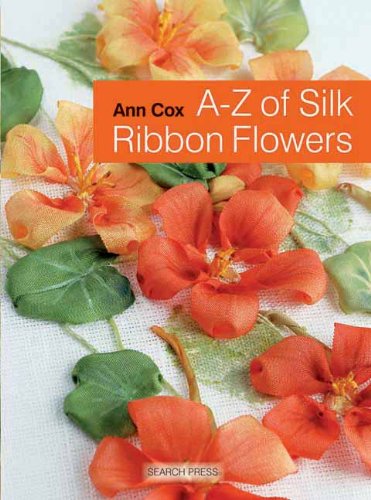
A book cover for A-Z of Silk Ribbon Flowers; Ann Cox; Crafts, Hobbies & Home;